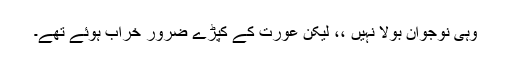
وہی نوجوان بولا نہیں ،، لیکن عورت کے کَپڑے ضرور خَراب ہوئے تھے۔